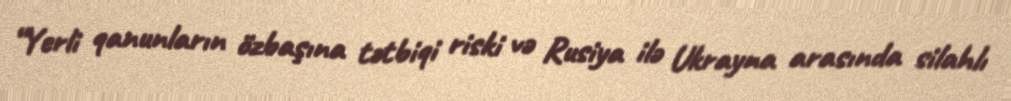
“Yerli qanunların özbaşına tətbiqi riski və Rusiya ilə Ukrayna arasında silahlı